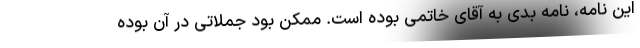
این نامه، نامه بدی به آقای خاتمی بوده است. ممکن بود جملاتی در آن بوده